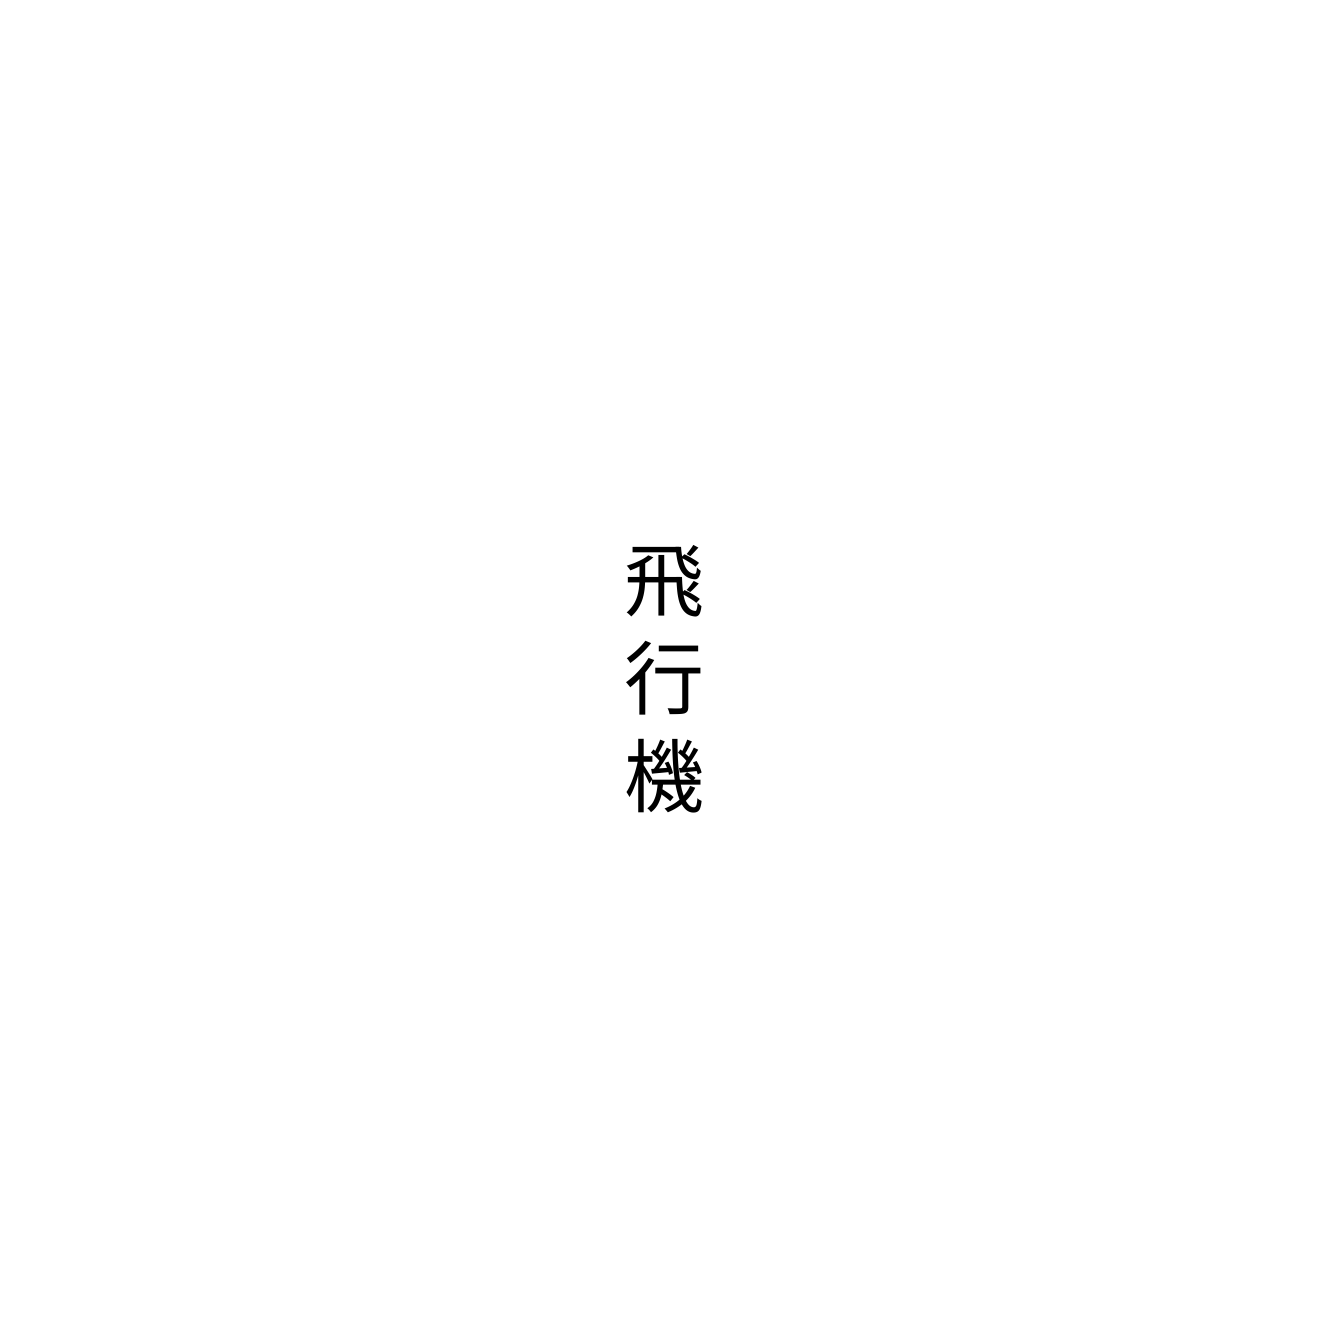
飛行機